Subject: physics
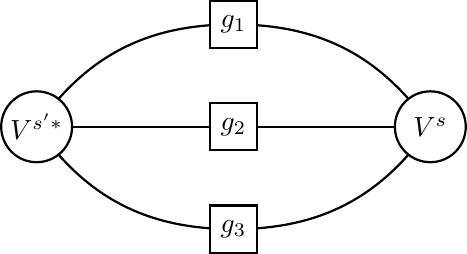
LaTeX code:
\begin{tikzpicture}
\draw [thick] (0,0) to[out=55,in=180] (2.5,1.3) to[out=0,in=125] (5,0);
\draw [thick] (0,0) -- (2.5,0) -- (5,0);
\draw [thick] (0,0) to[out=-55,in=180] (2.5,-1.3) to[out=0,in=-125] (5,0);
\begin{scope}[shift={(0,0)}]
\draw [thick,fill=white] (0,0) circle (0.45);
\node [] at (0,0) {$V^{s'*}$};
\end{scope}
\begin{scope}[shift={(5,0)}]
\draw [thick,fill=white] (0,0) circle (0.45);
\node [] at (0,0) {$V^{s}$};
\end{scope}
\begin{scope}[shift={(2.5,1.3)}]
\draw [thick,fill=white] (-0.3,-0.3) -- (0.3,-0.3) -- (0.3,0.3) -- (-0.3,0.3) -- cycle;
\node [] at (0,0) {$g_1$};
\end{scope}
\begin{scope}[shift={(2.5,0)}]
\draw [thick,fill=white] (-0.3,-0.3) -- (0.3,-0.3) -- (0.3,0.3) -- (-0.3,0.3) -- cycle;
\node [] at (0,0) {$g_2$};
\end{scope}
\begin{scope}[shift={(2.5,-1.3)}]
\draw [thick,fill=white] (-0.3,-0.3) -- (0.3,-0.3) -- (0.3,0.3) -- (-0.3,0.3) -- cycle;
\node [] at (0,0) {$g_3$};
\end{scope}
\end{tikzpicture}